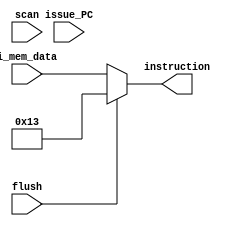
/** @module : fetch_receive
 *  @author : Secure, Trusted, and Assured Microelectronics (STAM) Center

 *  Copyright (c) 2022 Trireme (STAM/SCAI/ASU)
 *  Permission is hereby granted, free of charge, to any person obtaining a copy
 *  of this software and associated documentation files (the "Software"), to deal
 *  in the Software without restriction, including without limitation the rights
 *  to use, copy, modify, merge, publish, distribute, sublicense, and/or sell
 *  copies of the Software, and to permit persons to whom the Software is
 *  furnished to do so, subject to the following conditions:
 *  The above copyright notice and this permission notice shall be included in
 *  all copies or substantial portions of the Software.

 *  THE SOFTWARE IS PROVIDED "AS IS", WITHOUT WARRANTY OF ANY KIND, EXPRESS OR
 *  IMPLIED, INCLUDING BUT NOT LIMITED TO THE WARRANTIES OF MERCHANTABILITY,
 *  FITNESS FOR A PARTICULAR PURPOSE AND NONINFRINGEMENT. IN NO EVENT SHALL THE
 *  AUTHORS OR COPYRIGHT HOLDERS BE LIABLE FOR ANY CLAIM, DAMAGES OR OTHER
 *  LIABILITY, WHETHER IN AN ACTION OF CONTRACT, TORT OR OTHERWISE, ARISING FROM,
 *  OUT OF OR IN CONNECTION WITH THE SOFTWARE OR THE USE OR OTHER DEALINGS IN
 *  THE SOFTWARE.
 */

module fetch_receive #(
  parameter DATA_WIDTH      =   32,
  parameter ADDRESS_BITS    =   32,
  parameter SCAN_CYCLES_MIN =    0,
  parameter SCAN_CYCLES_MAX = 1000
) (
  // Control signals
  input  flush,

  // Instruction memory interface
  input  [DATA_WIDTH-1  :0] i_mem_data,
  input  [ADDRESS_BITS-1:0] issue_PC,

  // Outputs to with decode
  output [31            :0] instruction,

  //scan signal
  input scan
);

//define the log2 function
function integer log2;
input integer value;
begin
  value = value-1;
  for (log2=0; value>0; log2=log2+1)
    value = value >> 1;
end
endfunction

localparam NUM_BYTES       = DATA_WIDTH/8;
localparam LOG2_NUM_BYTES  = log2(NUM_BYTES);

localparam NOP = 32'h00000013;

wire [LOG2_NUM_BYTES-1:0] byte_shift;
wire [DATA_WIDTH-1:0] shifted_data;

generate
  if(DATA_WIDTH==32) begin
    // No need to shift in RV32, cut out shifter because synthesizer is
    // unlikely to automatically remove it.
    assign byte_shift = 1'b0;
    assign shifted_data = i_mem_data;
  end
  else begin
    // Shift Double wide i_mem_data if instruction is in upper 4 bytes
    assign byte_shift = issue_PC[LOG2_NUM_BYTES-1:0];
    assign shifted_data = i_mem_data >> {byte_shift, 3'b000};
  end
endgenerate

// Only support 32 bit instructions
assign instruction = flush ? NOP : shifted_data[31:0];

endmodule